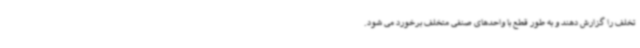
تخلف را گزارش دهند و به طور قطع با واحدهای صنفی متخلف برخورد می شود.